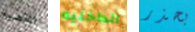
القضية الداخليه بحذر